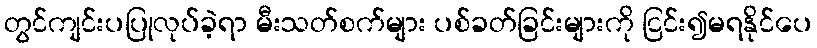
တွင်ကျင်းပပြုလုပ်ခဲ့ရာ မီးသတ်စက်များ ပစ်ခတ်ခြင်းများကို ငြင်း၍မရနိုင်ပေ